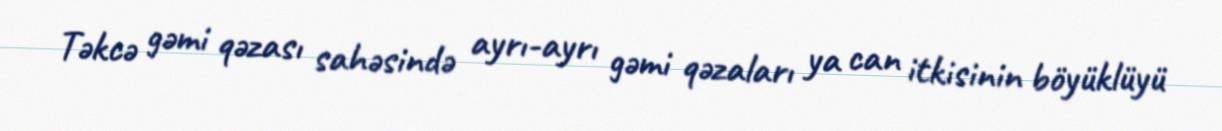
Təkcə gəmi qəzası sahəsində ayrı-ayrı gəmi qəzaları ya can itkisinin böyüklüyü